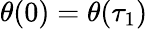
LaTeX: \theta(0)=\theta(\tau_{1})